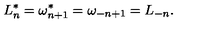
L _ { n } ^ { * } = \omega _ { n + 1 } ^ { * } = \omega _ { - n + 1 } = L _ { - n } .